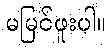
မမြင်ဖူးပါ။